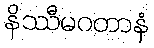
နိဿီမဂတာနံ